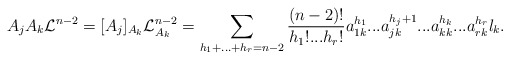
\begin{align*}A_{j}A_{k}\mathcal{L}^{n-2}=[A_{j}]_{A_{k}}\mathcal{L}_{A_{k}}^{n-2}=\sum_{h_{1}+...+h_{r}=n-2}\frac{(n-2)!}{h_{1}!...h_{r}!}a_{1k}^{h_{1}}...a_{jk}^{h_{j}+1}...a_{kk}^{h_{k}}...a_{rk}^{h_{r}}l_{k}. \end{align*}